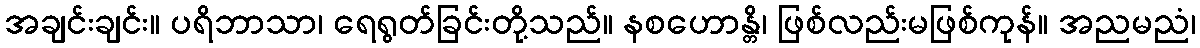
အချင်းချင်း။ ပရိဘာသာ၊ ရေရွတ်ခြင်းတို့သည်။ နစဟောန္တိ၊ ဖြစ်လည်းမဖြစ်ကုန်။ အညမညံ၊